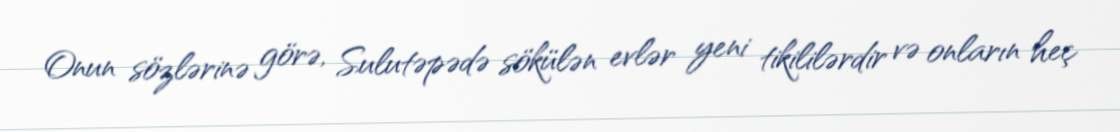
Onun sözlərinə görə, Sulutəpədə sökülən evlər yeni tikililərdir və onların heç